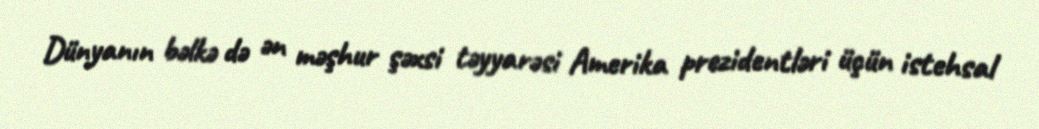
Dünyanın bəlkə də ən məşhur şəxsi təyyarəsi Amerika prezidentləri üçün istehsal